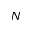
N